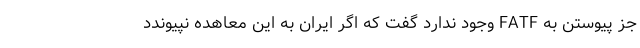
جز پیوستن به FATF وجود ندارد گفت که اگر ایران به این معاهده نپیوندد